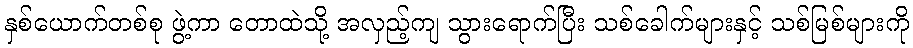
နှစ်ယောက်တစ်စု ဖွဲ့ကာ တောထဲသို့ အလှည့်ကျ သွားရောက်ပြီး သစ်ခေါက်များနှင့် သစ်မြစ်များကို